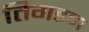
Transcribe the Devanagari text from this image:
तिगडम